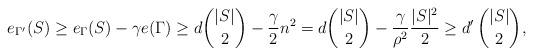
LaTeX: \begin{align*} e_{\Gamma'}(S) \geq e_{\Gamma}(S) - \gamma e(\Gamma) \geq d\binom{|S|}{2} - \frac{\gamma}{2} n^2 = d\binom{|S|}{2} - \frac{\gamma}{\rho^2} \frac{|S|^2}{2} \geq d' \, \binom{|S|}{2}, \end{align*}